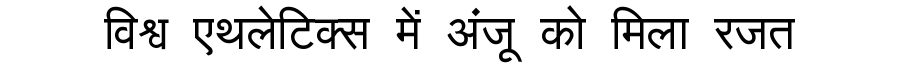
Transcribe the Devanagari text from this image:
विश्व एथलेटिक्स में अंजू को मिला रजत